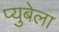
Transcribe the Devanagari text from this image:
प्युबेला